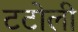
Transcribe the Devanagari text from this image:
टटोली